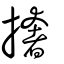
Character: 撦